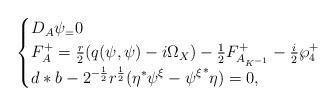
LaTeX: \begin{align*} \begin{cases} D_{A} \psi_ =0 \\F_{A}^{+}= \frac{r}{2}(q(\psi,\psi)- i\Omega_X) - \frac{1}{2} F^+_{A_{K^{-1}}} - \frac{i}{2} \wp_4^+\\*d*b -2^{-\frac{1}{2}}r^{\frac{1}{2}}(\eta^* \psi^{\xi}-{\psi^{\xi}}^* \eta)=0, \end{cases}\end{align*}